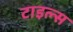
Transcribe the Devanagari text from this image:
टाइल्‍स